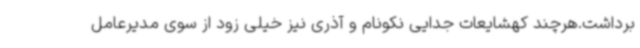
برداشت.هرچند کهشایعات جدایی نکونام و آذری نیز خیلی زود از سوی مدیرعامل